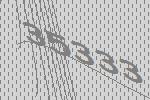
35333